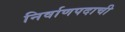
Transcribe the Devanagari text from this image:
निर्वाणपदाची